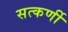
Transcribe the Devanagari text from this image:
सत्कर्णी